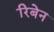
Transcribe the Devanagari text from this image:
रिबेन